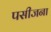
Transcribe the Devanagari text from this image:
पसीजना